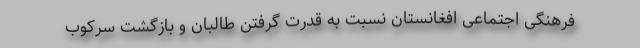
فرهنگی اجتماعی افغانستان نسبت به قدرت گرفتن طالبان و بازگشت سرکوب